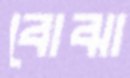
বোঝা